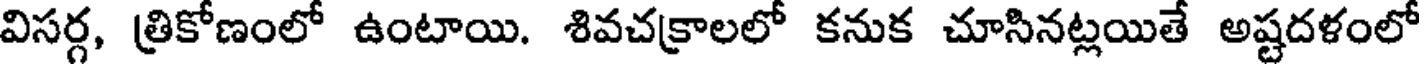
విసర్గ, త్రికోణంలో ఉంటాయి. శివచక్రాలలో కనుక చూసినట్లయితే అష్టదళంలో